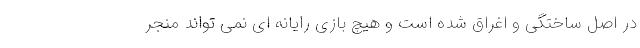
در اصل ساختگی و اغراق‌ شده است و هیچ بازی رایانه ای نمی تواند منجر